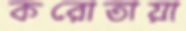
করোতায়া